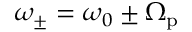
\omega _ { \pm } = \omega _ { 0 } \pm \Omega _ { \mathrm { p } }